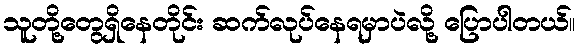
သူတို့တွေရှိနေတိုင်း ဆက်လုပ်နေရမှာပဲလို့ ပြောပါတယ်။